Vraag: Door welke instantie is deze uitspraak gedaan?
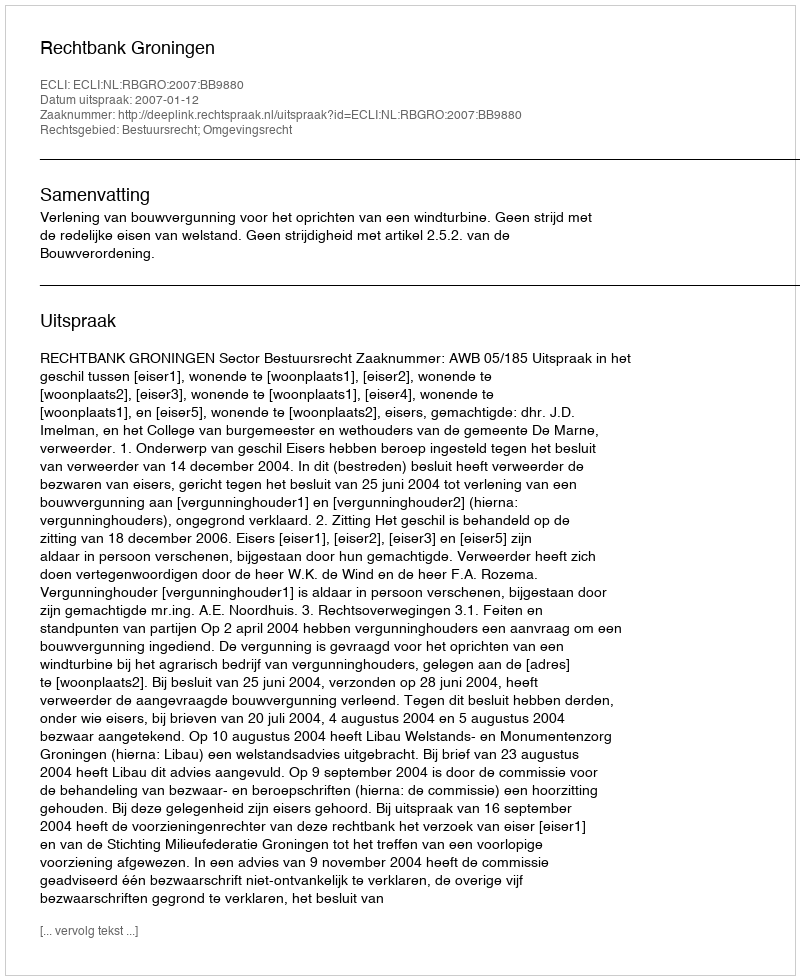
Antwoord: Rechtbank Groningen